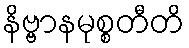
နိဗ္ဗာနမုစ္စတီတိ